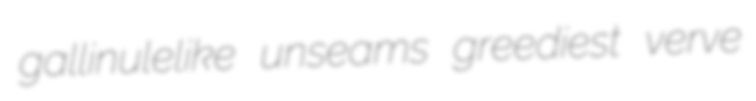
gallinulelike unseams greediest verve